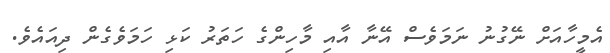
އެމީހާއަށް ނޭގުނު ނަމަވެސް އޭނާ އާއި މާހިންގެ ހަތަރު ކަޅި ހަމަވެގެން ދިއައެވެ.